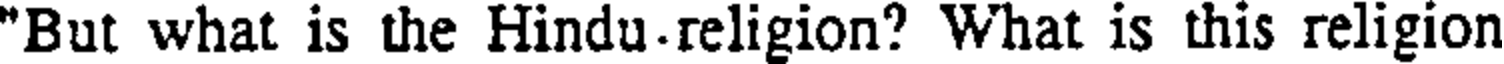
"But what is the Hindu.religion? What is this religion